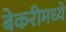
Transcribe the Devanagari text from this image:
बेकरीमध्ये